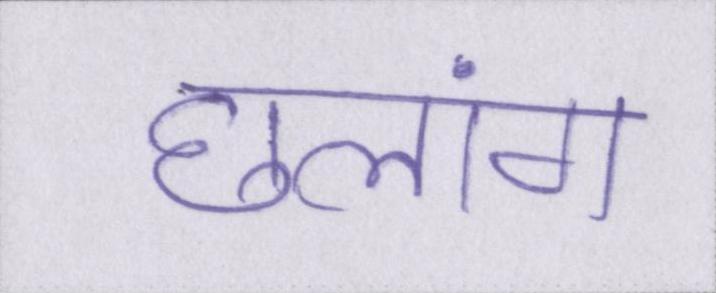
छलांग